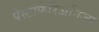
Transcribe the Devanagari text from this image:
पेस्टाफेरिअनिज्म